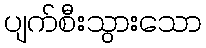
ပျက်စီးသွားသော